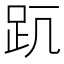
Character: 𧿊